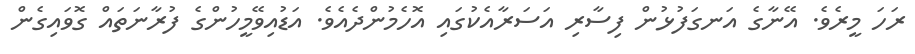
ރަހަ މީރެވެ. އޭނާގެ އަނގަފުޅުން ފިސާރި އަސަރާއެކުގައި އޮހެމުންދެއެވެ. އަޑުއިވޭމީހުންގެ ފުރާނަތައް ގޮވައިގެން